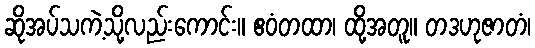
ဆိုအပ်သကဲ့သို့လည်းကောင်း။ ဧဝံတထာ၊ ထို့အတူ။ တဒဟုဇာတံ၊